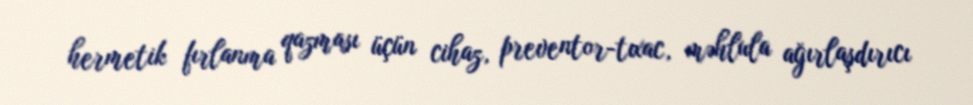
hermetik fırlanma qazması üçün cihaz, preventor-tıxac, məhlula ağırlaşdırıcı